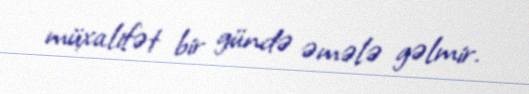
müxalifət bir gündə əmələ gəlmir.